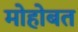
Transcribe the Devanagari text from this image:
मोहोबत